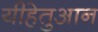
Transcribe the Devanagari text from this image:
यीहेतुआन